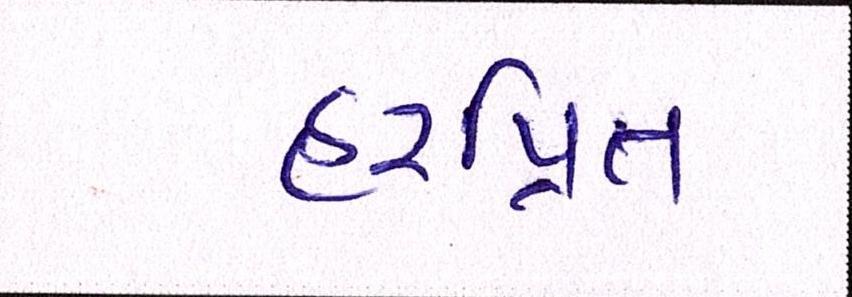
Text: હરપ્રિત